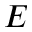
E